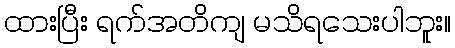
ထားပြီး ရက်အတိကျ မသိရသေးပါဘူး။